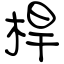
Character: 桿